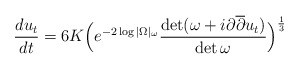
\begin{align*} \frac{du_t}{dt} = 6K \Big(e^{-2 \log |\Omega|_{\omega}} \frac{\det (\omega + i \partial \overline{\partial} u_t)}{\det \omega} \Big)^\frac{1}{3}\end{align*}